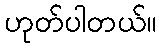
ဟုတ်ပါတယ်။